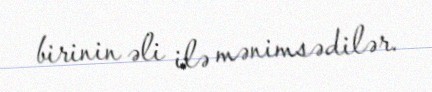
birinin əli ilə mənimsədilər.